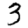
Digit: 3